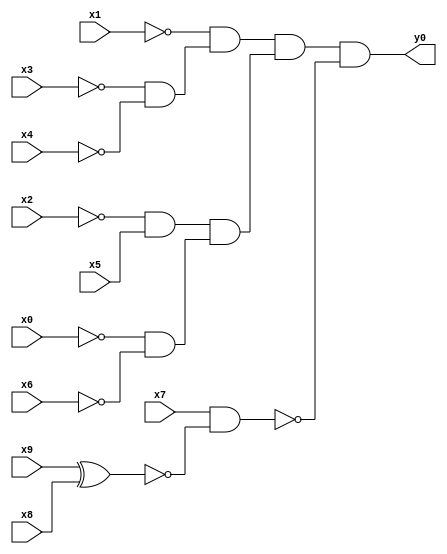
module top( x0 , x1 , x2 , x3 , x4 , x5 , x6 , x7 , x8 , x9 , y0 );
  input x0 , x1 , x2 , x3 , x4 , x5 , x6 , x7 , x8 , x9 ;
  output y0 ;
  wire n11 , n12 , n13 , n14 , n15 , n16 , n17 , n18 , n19 ;
  assign n11 = ~x3 & ~x4 ;
  assign n12 = ~x1 & n11 ;
  assign n13 = ~x2 & x5 ;
  assign n14 = ~x0 & ~x6 ;
  assign n15 = n13 & n14 ;
  assign n16 = n12 & n15 ;
  assign n17 = x9 ^ x8 ;
  assign n18 = x7 & ~n17 ;
  assign n19 = n16 & ~n18 ;
  assign y0 = n19 ;
endmodule